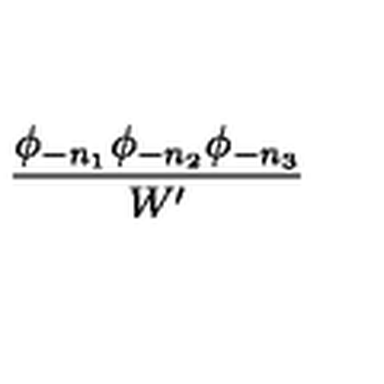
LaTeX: { \frac { \phi _ { - n _ { 1 } } \phi _ { - n _ { 2 } } \phi _ { - n _ { 3 } } } { W ^ { \prime } } }